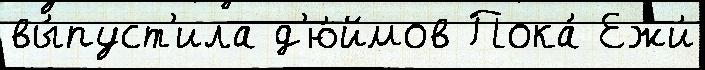
вы́пуст'ила д'ю́ймов Пока́ Ежи́